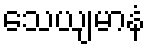
သေယျမာနံ